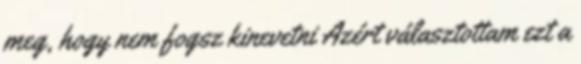
meg, hogy nem fogsz kinevetni Azért választottam ezt a